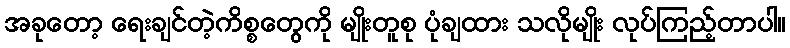
အခုတော့ ရေးချင်တဲ့ကိစ္စတွေကို မျိုးတူစု ပုံချထား သလိုမျိုး လုပ်ကြည့်တာပါ။